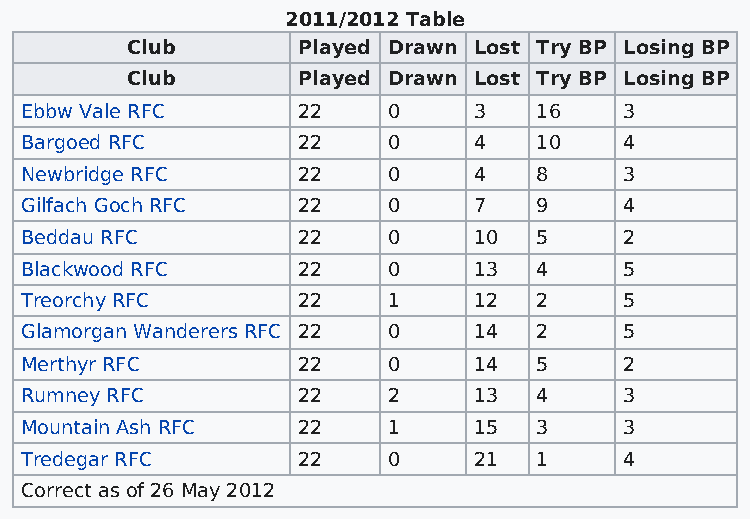
2011/2012 Table
 Club        Played Drawn Lost Try BP Losing BP
 Club        Played Drawn Lost Try BP Losing BP
 Ebbw Vale RFC      22    0    3    16   3
 Bargoed RFC        22    0    4    10   4
 Newbridge RFC      22    0    4    8    3
 Gilfach Goch RFC   22    0    7    9    4
 Beddau RFC         22    0    10   5    2
 Blackwood RFC      22    0    13   4    5
 Treorchy RFC       22    1    12   2    5
 Glamorgan Wanderers RFC 22 0  14   2    5
 Merthyr RFC        22    0    14   5    2
 Rumney RFC         22    2    13   4    3
 Mountain Ash RFC   22    1    15   3    3
 Tredegar RFC       22    0    21   1    4
 Correct as of 26 May 2012